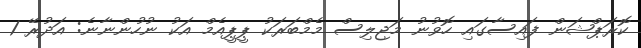
ކޮރަޕްޝަން ފައިސާގައި ހޮވުނު މަޖިލިސް މެމްބަރަކު ޕީޕީއެމް އަކު ނުހުންނާނެ: އަދުރޭ 1